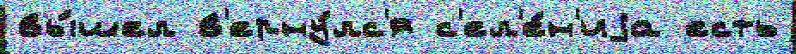
вы́шел в'ерну́лс'я с'ел'е́н'иjа есть